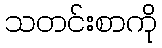
သတင်းစာကို